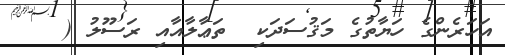
އަހަރެންގެ ހަޔާތުގެ މަޤުސަދަކި  ތަޢާލާއާއި ރަސޫލު (